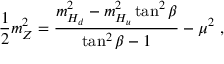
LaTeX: \frac { 1 } { 2 } m _ { Z } ^ { 2 } = \frac { m _ { H _ { d } } ^ { 2 } - m _ { H _ { u } } ^ { 2 } \tan ^ { 2 } \beta } { \tan ^ { 2 } \beta - 1 } - \mu ^ { 2 } \ ,